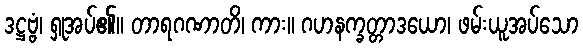
ဒဋ္ဌဗ္ဗံ၊ ရှုအပ်၏။ တာရဂဏာတိ၊ ကား။ ဂဟနက္ခတ္တာဒယော၊ ဖမ်းယူအပ်သော